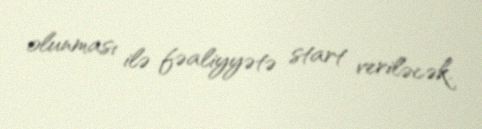
olunması ilə fəaliyyətə start veriləcək.